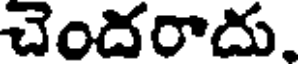
చెందరాదు.